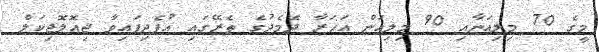
މީގެ 70 މިލިއަނާއި 90 މިލިއަން އަހަރާ ދެމެދުގެ ތެރޭގައި އުފެދިފައިވާ ޖިއޮލޮޖިކަލް